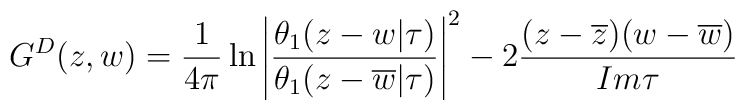
G^D(z,w)=\frac{1}{4\pi}\ln\left|\frac{\theta_1(z-w|\tau)}{\theta_1(z-\overline{w}|\tau)}\right|^2-2\frac{(z-\overline{z})(w-\overline{w})}{Im\tau}